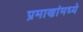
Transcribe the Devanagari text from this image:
प्रमाणांमध्ये